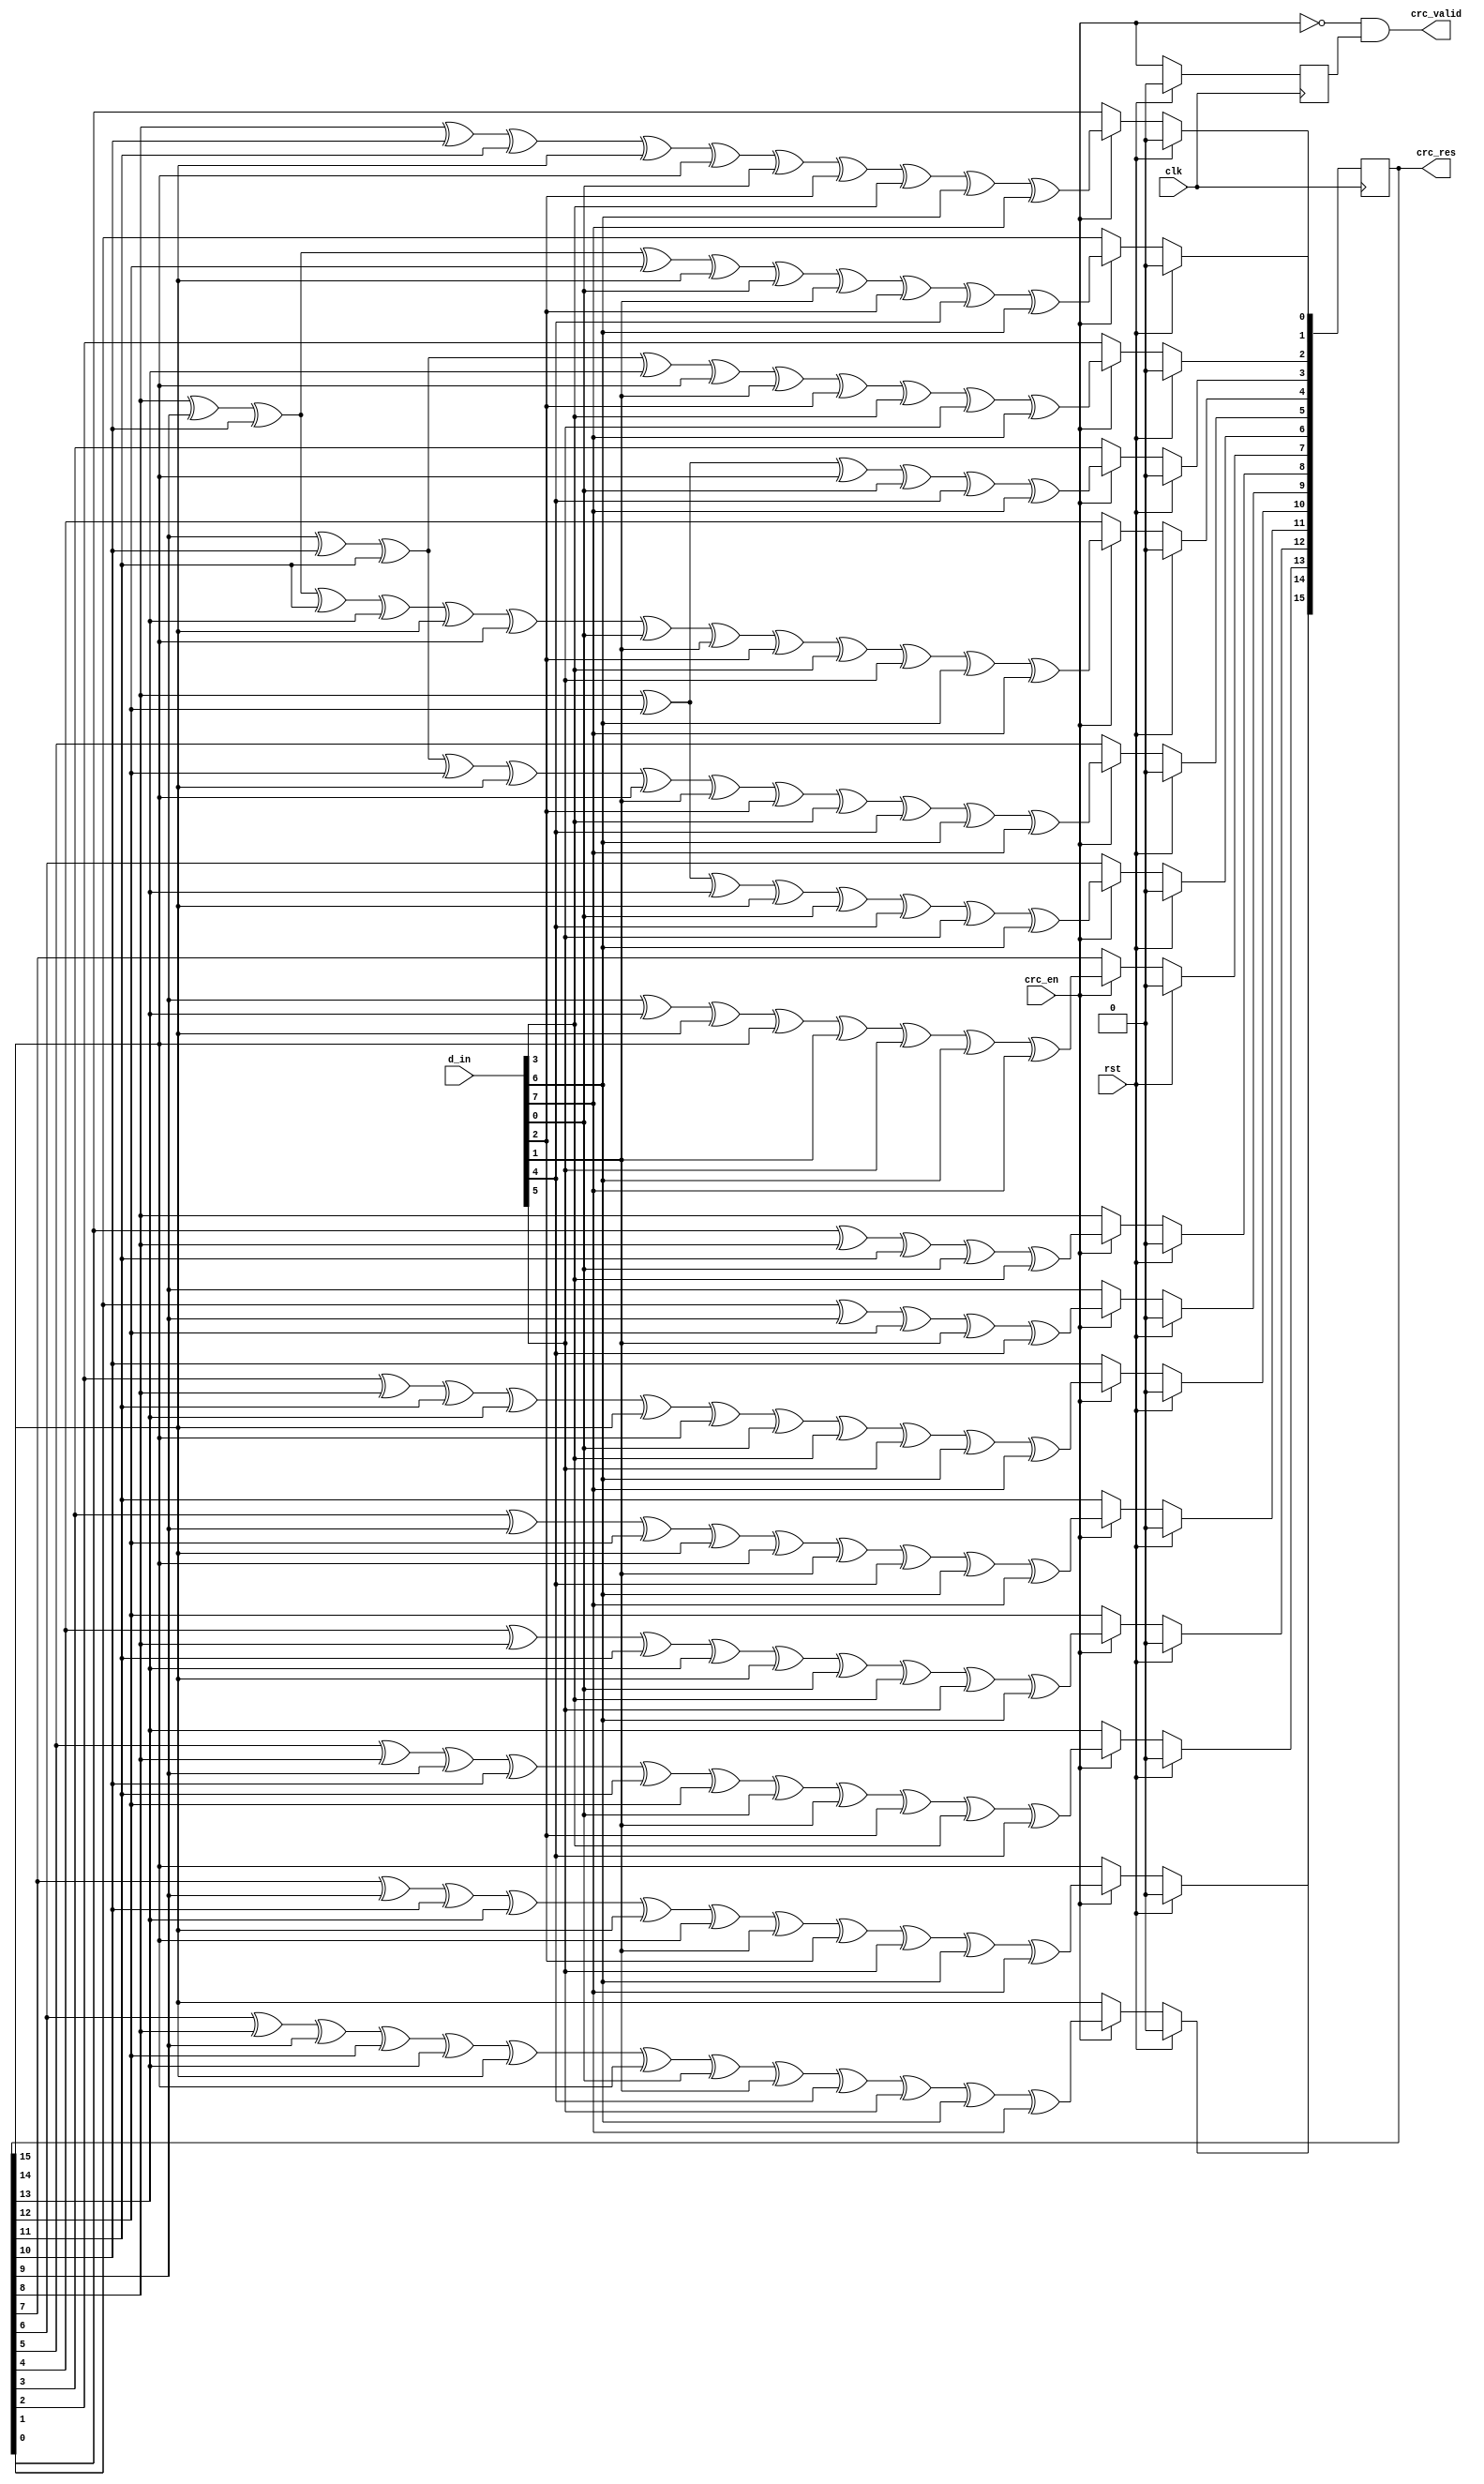
// ***************************************************************************
// ***************************************************************************
// Copyright (C) 2023 Analog Devices, Inc. All rights reserved.
//
// In this HDL repository, there are many different and unique modules, consisting
// of various HDL (Verilog or VHDL) components. The individual modules are
// developed independently, and may be accompanied by separate and unique license
// terms.
//
// The user should read each of these license terms, and understand the
// freedoms and responsibilities that he or she has by using this source/core.
//
// This core is distributed in the hope that it will be useful, but WITHOUT ANY
// WARRANTY; without even the implied warranty of MERCHANTABILITY or FITNESS FOR
// A PARTICULAR PURPOSE.
//
// Redistribution and use of source or resulting binaries, with or without modification
// of this file, are permitted under one of the following two license terms:
//
//   1. The GNU General Public License version 2 as published by the
//      Free Software Foundation, which can be found in the top level directory
//      of this repository (LICENSE_GPL2), and also online at:
//      <https://www.gnu.org/licenses/old-licenses/gpl-2.0.html>
//
// OR
//
//   2. An ADI specific BSD license, which can be found in the top level directory
//      of this repository (LICENSE_ADIBSD), and also on-line at:
//      https://github.com/analogdevicesinc/hdl/blob/main/LICENSE_ADIBSD
//      This will allow to generate bit files and not release the source code,
//      as long as it attaches to an ADI device.
//
// ***************************************************************************
// ***************************************************************************

// CRC polynomial 0x755B = x^16 + x^14 + x^13 + x^12 + x^10 + x^8 + x^6 + x^4 + x^3 + x + 1
// CRC width:          16 bits
// Input word width:   8 bits
// Initial value:      0x0000
// Direction:          shift left

module axi_ad4858_crc (
  input             rst,
  input             clk,
  input             crc_en,
  input      [ 7:0] d_in,
  output            crc_valid,
  output     [15:0] crc_res
);

  reg [15:0] lfsr;
  reg [15:0] crc_en_d;

  always @(posedge clk) begin
    if (rst == 1'b1) begin
      lfsr <= 16'd0;
      crc_en_d <= 1'b0;
    end else begin
      crc_en_d <= crc_en;
      if (crc_en == 1'b1) begin
        lfsr[0]  <= lfsr[8] ^ lfsr[10] ^ lfsr[11] ^ lfsr[14] ^ lfsr[15] ^ d_in[0] ^ d_in[2] ^ d_in[3] ^ d_in[6] ^ d_in[7];
        lfsr[1]  <= lfsr[8] ^ lfsr[9] ^ lfsr[10] ^ lfsr[12] ^ lfsr[14] ^ d_in[0] ^ d_in[1] ^ d_in[2] ^ d_in[4] ^ d_in[6];
        lfsr[2]  <= lfsr[9] ^ lfsr[10] ^ lfsr[11] ^ lfsr[13] ^ lfsr[15] ^ d_in[1] ^ d_in[2] ^ d_in[3] ^ d_in[5] ^ d_in[7];
        lfsr[3]  <= lfsr[8] ^ lfsr[12] ^ lfsr[15] ^ d_in[0] ^ d_in[4] ^ d_in[7];
        lfsr[4]  <= lfsr[8] ^ lfsr[9] ^ lfsr[10] ^ lfsr[11] ^ lfsr[13] ^ lfsr[14] ^ lfsr[15] ^ d_in[0] ^ d_in[1] ^ d_in[2] ^ d_in[3] ^ d_in[5] ^ d_in[6] ^ d_in[7];
        lfsr[5]  <= lfsr[9] ^ lfsr[10] ^ lfsr[11] ^ lfsr[12] ^ lfsr[14] ^ lfsr[15] ^ d_in[1] ^ d_in[2] ^ d_in[3] ^ d_in[4] ^ d_in[6] ^ d_in[7];
        lfsr[6]  <= lfsr[8] ^ lfsr[12] ^ lfsr[13] ^ lfsr[14] ^ d_in[0] ^ d_in[4] ^ d_in[5] ^ d_in[6];
        lfsr[7]  <= lfsr[9] ^ lfsr[13] ^ lfsr[14] ^ lfsr[15] ^ d_in[1] ^ d_in[5] ^ d_in[6] ^ d_in[7];
        lfsr[8]  <= lfsr[0] ^ lfsr[8] ^ lfsr[11] ^ d_in[0] ^ d_in[3];
        lfsr[9]  <= lfsr[1] ^ lfsr[9] ^ lfsr[12] ^ d_in[1] ^ d_in[4];
        lfsr[10] <= lfsr[2] ^ lfsr[8] ^ lfsr[11] ^ lfsr[13] ^ lfsr[14] ^ lfsr[15] ^ d_in[0] ^ d_in[3] ^ d_in[5] ^ d_in[6] ^ d_in[7];
        lfsr[11] <= lfsr[3] ^ lfsr[9] ^ lfsr[12] ^ lfsr[14] ^ lfsr[15] ^ d_in[1] ^ d_in[4] ^ d_in[6] ^ d_in[7];
        lfsr[12] <= lfsr[4] ^ lfsr[8] ^ lfsr[11] ^ lfsr[13] ^ lfsr[14] ^ d_in[0] ^ d_in[3] ^ d_in[5] ^ d_in[6];
        lfsr[13] <= lfsr[5] ^ lfsr[8] ^ lfsr[9] ^ lfsr[10] ^ lfsr[11] ^ lfsr[12] ^ d_in[0] ^ d_in[1] ^ d_in[2] ^ d_in[3] ^ d_in[4];
        lfsr[14] <= lfsr[6] ^ lfsr[8] ^ lfsr[9] ^ lfsr[12] ^ lfsr[13] ^ lfsr[14] ^ lfsr[15] ^ d_in[0] ^ d_in[1] ^ d_in[4] ^ d_in[5] ^ d_in[6] ^ d_in[7];
        lfsr[15] <= lfsr[7] ^ lfsr[9] ^ lfsr[10] ^ lfsr[13] ^ lfsr[14] ^ lfsr[15] ^ d_in[1] ^ d_in[2] ^ d_in[5] ^ d_in[6] ^ d_in[7];
      end
    end
  end

  assign crc_res = lfsr;
  assign crc_valid = !crc_en & crc_en_d;
endmodule